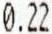
0.22